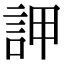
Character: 䛅